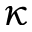
\kappa